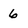
Character: 6